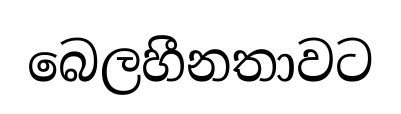
බෙලහීනතාවට